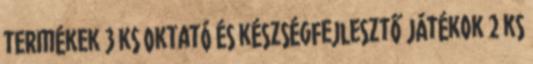
termékek 3 ks Oktató és készségfejlesztő játékok 2 ks